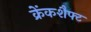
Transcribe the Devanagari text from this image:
क्रेंकशैफ्ट